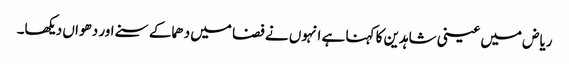
ریاض میں عینی شاہدین کا کہنا ہے انہوں نے فضا میں دھماکے سنے اور دھواں دیکھا۔